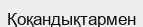
Қоқандықтармен